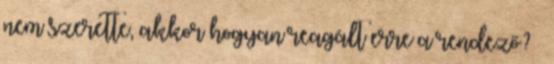
nem szerette, akkor hogyan reagált erre a rendező? –